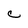
Character: C